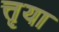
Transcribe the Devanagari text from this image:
त्तृया